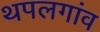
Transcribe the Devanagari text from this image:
थपलगांव